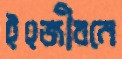
ইহজীবনে